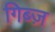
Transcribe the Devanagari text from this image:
गिब्ज़